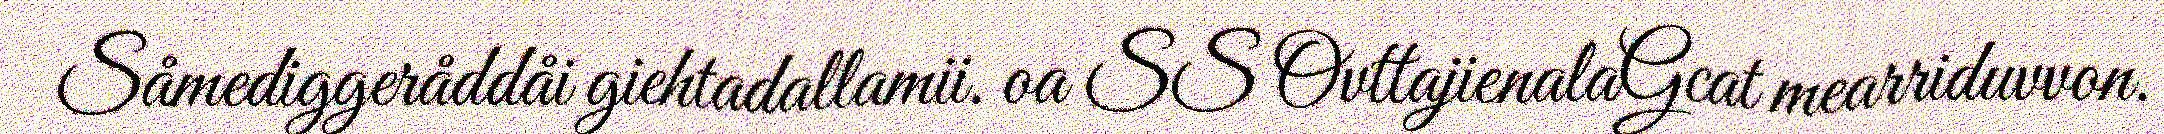
Såmediggeråddåi giehtadallamii. oa SS OvttajienalaGcat mearriduvvon.